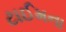
ટાઈમના